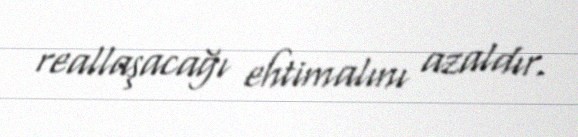
reallaşacağı ehtimalını azaldır.